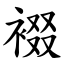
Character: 裰